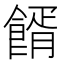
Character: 𩝔